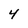
Character: 4